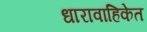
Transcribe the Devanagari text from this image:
धारावाहिकेत